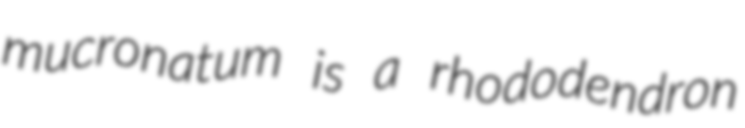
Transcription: mucronatum is a rhododendron